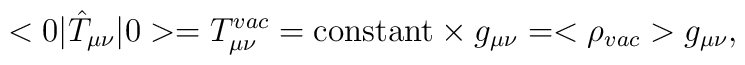
<0|\hat{T}_{\mu \nu}|0>= T^{vac}_{\mu\nu} = \mbox{constant} \times g_{\mu \nu} = < \rho_{vac} > g_{\mu \nu},